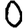
Digit: 0